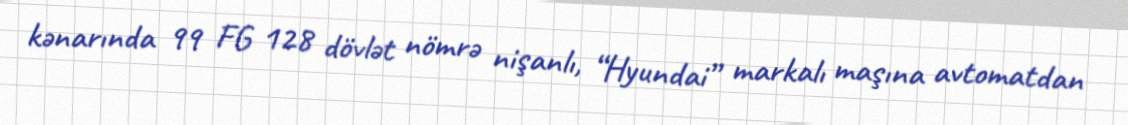
kənarında 99 FG 128 dövlət nömrə nişanlı, “Hyundai” markalı maşına avtomatdan